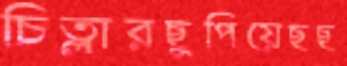
চিত্লারছুপিয়েছছ